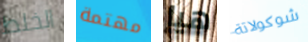
الخلط مهتمة هيا شوكولاتة